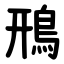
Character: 鳽